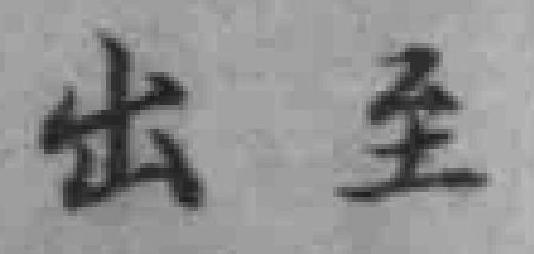
出至